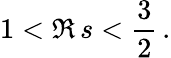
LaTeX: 1<\Re\, s<\frac{3}{2}\, .